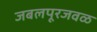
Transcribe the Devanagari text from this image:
जबलपूरजवळ